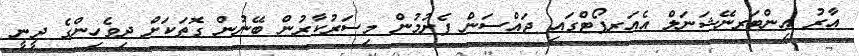
އާރު އިންޓަރނޭޝަނަލް އެއަރޕޯޓްގައި ޖައްސަން ފެށުމުން މިސަރުކާރުން ބޭނުން ގޮތަކަށް ދިވެހިންގެ ދީނީ